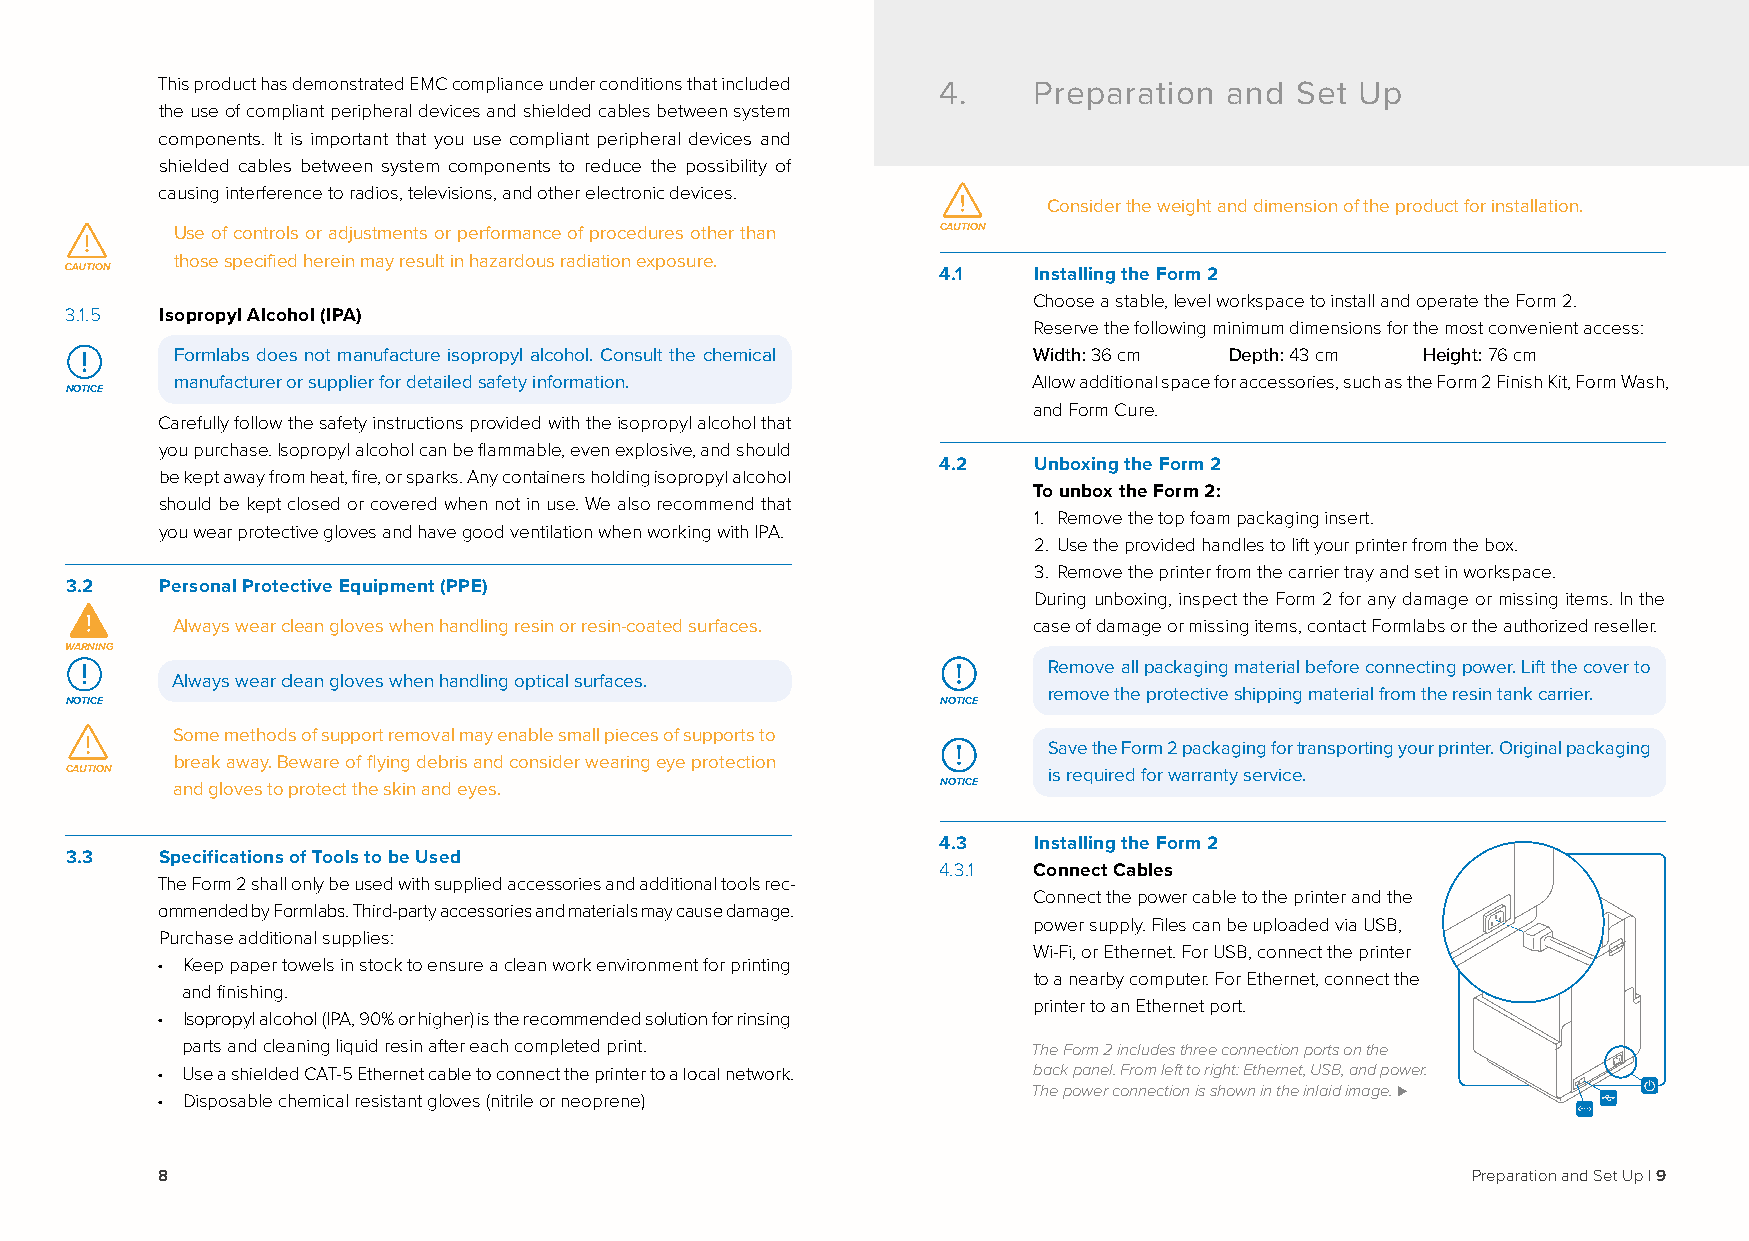
This product has demonstrated EMC compliance under conditions that included 4. Preparation and Set Up
 the use of compliant peripheral devices and shielded cables between system
 components. It is important that you use compliant peripheral devices and
 shielded cables between system components to reduce the possibility of
 causing interference to radios, televisions, and other electronic devices.
 Consider the weight and dimension of the product for installation.
 Use of controls or adjustments or performance of procedures other than CAUTION
 those specified herein may result in hazardous radiation exposure.
 4.1   Installing the Form 2
 Choose a stable, level workspace to install and operate the Form 2.
 3.1.5  Isopropyl Alcohol (IPA)
 Reserve the following minimum dimensions for the most convenient access:
 Formlabs does not manufacture isopropyl alcohol. Consult the chemical Width: 36 cm Depth: 43 cm Height: 76 cm
 manufacturer or supplier for detailed safety information. Allow additional space for accessories, such as the Form 2 Finish Kit, Form Wash,
 NOTICE
 and Form Cure.
 Carefully follow the safety instructions provided with the isopropyl alcohol that
 you purchase. Isopropyl alcohol can be flammable, even explosive, and should
 4.2   Unboxing the Form 2
 be kept away from heat, fire, or sparks. Any containers holding isopropyl alcohol
 To unbox the Form 2:
 should be kept closed or covered when not in use. We also recommend that
 1. Remove the top foam packaging insert.
 you wear protective gloves and have good ventilation when working with IPA.
 2. Use the provided handles to lift your printer from the box.
 3. Remove the printer from the carrier tray and set in workspace.
 3.2    Personal Protective Equipment (PPE)
 During unboxing, inspect the Form 2 for any damage or missing items. In the
 Always wear clean gloves when handling resin or resin-coated surfaces. case of damage or missing items, contact Formlabs or the authorized reseller.
 WARNING
 Remove all packaging material before connecting power. Lift the cover to
 Always wear clean gloves when handling optical surfaces.
 remove the protective shipping material from the resin tank carrier.
 NOTICE                                                    NOTICE
 Some methods of support removal may enable small pieces of supports to
 Save the Form 2 packaging for transporting your printer. Original packaging
 break away. Beware of flying debris and consider wearing eye protection
 CAUTION                                                          is required for warranty service.
 and gloves to protect the skin and eyes.           NOTICE
 4.3   Installing the Form 2
 3.3    Specifications of Tools to be Used
 4.3.1 Connect Cables
 The Form 2 shall only be used with supplied accessories and additional tools rec-
 Connect the power cable to the printer and the
 ommended by Formlabs. Third-party accessories and materials may cause damage.
 power supply. Files can be uploaded via USB,
 Purchase additional supplies:
 Wi-Fi, or Ethernet. For USB, connect the printer
 • Keep paper towels in stock to ensure a clean work environment for printing
 to a nearby computer. For Ethernet, connect the
 and finishing.
 printer to an Ethernet port.
 • Isopropyl alcohol (IPA, 90% or higher) is the recommended solution for rinsing
 parts and cleaning liquid resin after each completed print. The Form 2 includes three connection ports on the
 • Use a shielded CAT-5 Ethernet cable to connect the printer to a local network. back panel. From left to right: Ethernet, USB, and power.
 The power connection is shown in the inlaid image. ⊲
 • Disposable chemical resistant gloves (nitrile or neoprene)
 8                                                                                      Preparation and Set Up | 9